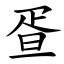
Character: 疍